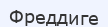
Фреддиге